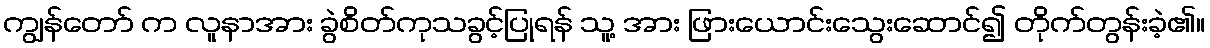
ကျွန်တော် က လူနာအား ခွဲစိတ်ကုသခွင့်ပြုရန် သူ့ အား ဖြားယောင်းသွေးဆောင်၍ တိုက်တွန်းခဲ့၏။